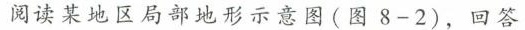
阅读某地区局部地形示意图(图8-2)，回答